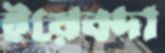
ইয়েবদা